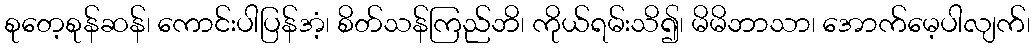
စုတေ့စုန်ဆန်၊ ကောင်းပါပြန်အံ့၊ စိတ်သန်ကြည်ဘိ၊ ကိုယ်ရမ်းသိ၍၊ မိမိဘာသာ၊ အောက်မေ့ပါလျက်၊